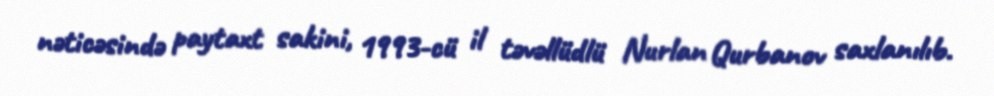
nəticəsində paytaxt sakini, 1993-cü il təvəllüdlü Nurlan Qurbanov saxlanılıb.